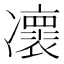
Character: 𠘠